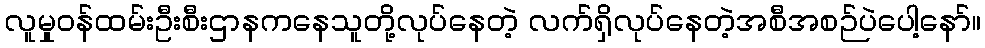
လူမှုဝန်ထမ်းဦးစီးဌာနကနေသူတို့လုပ်နေတဲ့ လက်ရှိလုပ်နေတဲ့အစီအစဉ်ပဲပေါ့နော်။